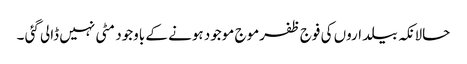
حالانکہ بیلداروں کی فوج ظفرموج موجود ہونے کے باوجود مٹی نہیں ڈالی گئی ۔